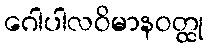
ဂေါပါလဝိမာနဝတ္ထု